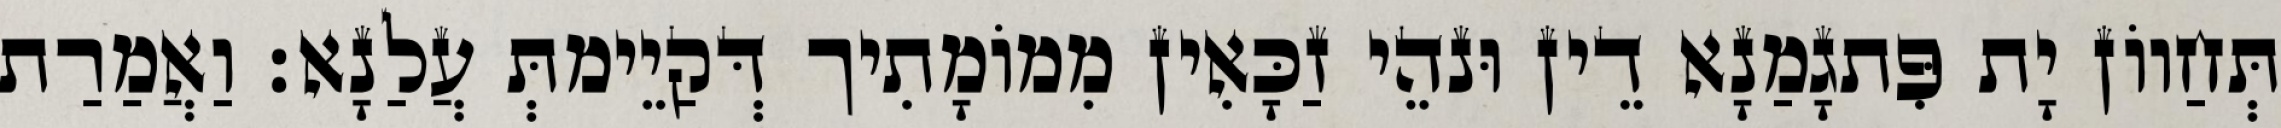
תְּחַווֹן יָת פִּתגָמַנָא דֵין וּנהֵי זַכָּאִין מִמוֹמָתִיך דְּקַיֵימתְּ עֲלַנָא׃ וַאֲמַרַת